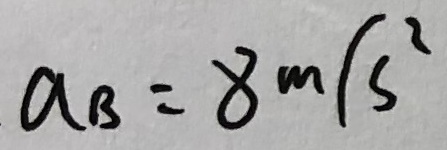
a _ { B } = 8 m / s ^ { 2 }